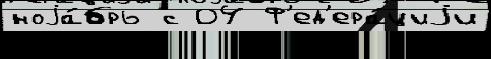
ноjа́брь с 04 Ф'ед'ера́циjи